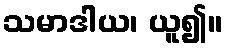
သမာဒါယ၊ ယူ၍။